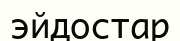
эйдостар